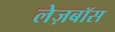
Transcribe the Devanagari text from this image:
लेज़बॉस